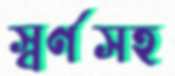
স্বর্ণসহ